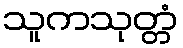
သူကသုတ္တံ